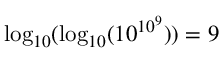
\log _ { 1 0 } ( \log _ { 1 0 } ( 1 0 ^ { 1 0 ^ { 9 } } ) ) = 9